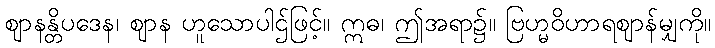
ဈာနန္တိပဒေန၊ ဈာန ဟူသောပါဌ်ဖြင့်။ ဣဓ၊ ဤအရာ၌။ ဗြဟ္မဝိဟာရဈာန်မျှကို။